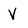
Character: V